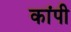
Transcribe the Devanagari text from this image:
कांपी